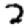
Digit: 2